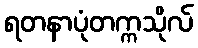
ရတနာပုံတက္ကသိုလ်